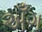
અઁગ